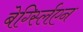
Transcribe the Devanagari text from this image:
बेर्ग्स्लिएन